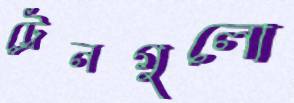
ট্রেনগুলো